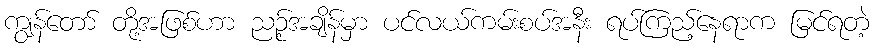
ကျွန်တော် တို့အဖြစ်ဟာ ညဉ့်အချိန်မှာ ပင်လယ်ကမ်းစပ်အနီး ရပ်ကြည့်နေရာက မြင်ရတဲ့